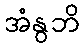
အံနွဘိ